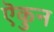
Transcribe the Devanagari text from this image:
ऎकुन